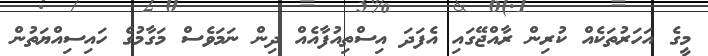
މީގެ އަހަރުތަކެއް ކުރިން ރާއްޖޭގައި އެފަދަ އިސްތިއުފާއެއް ދިން ނަމަވެސް މަގާމުގެ ހައިސިއްޔަތުން